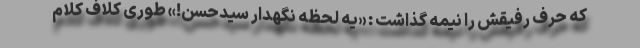
که حرف رفیقش را نیمه گذاشت : «یه لحظه نگهدار سیدحسن!» طوری کلاف کلام